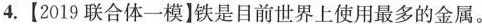
4.【2019联合体一模】铁是目前世界上使用最多的金属。